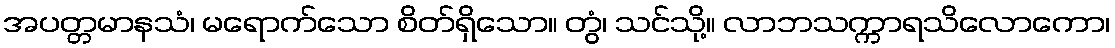
အပတ္တမာနသံ၊ မရောက်သော စိတ်ရှိသော။ တွံ၊ သင်သို့။ လာဘသက္ကာရသိလောကော၊